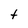
Character: t